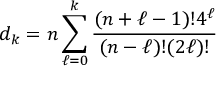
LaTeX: d _ { k } = n \sum _ { \ell = 0 } ^ { k } { \frac { ( n + \ell - 1 ) ! 4 ^ { \ell } } { ( n - \ell ) ! ( 2 \ell ) ! } }